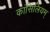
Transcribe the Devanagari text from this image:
कांसिलियम्